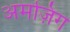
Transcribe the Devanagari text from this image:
अमज़िंग